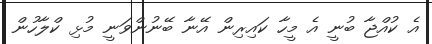
އެ ކުއްޖާ ބުނީ އެ މީހާ ކައިރިން އޭނާ ބޭނުންވަނީ މުޅި ކްލާހުން